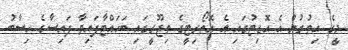
މީގެ އިތުރުން އެ އޮޑިޓުގައި އެ އޮތޯރިޓީގެ ތިޖޫރީގައި ބަހައްޓާފައިވާ ފައިސާގެ ހިސާބު